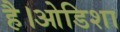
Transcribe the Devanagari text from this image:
है।ओडिशा